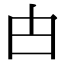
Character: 甴